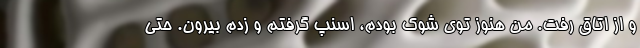
و از اتاق رفت. من هنوز توی شوک بودم، اسنپ گرفتم و زدم بیرون. حتی